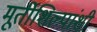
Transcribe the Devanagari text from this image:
मूर्तीशिल्पांशी